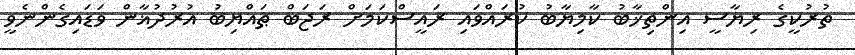
ތުރުކީގެ ރިޔާސީ އިންތިޚާބު ކާމިޔާބު ކުރައްވައި ރައީސްކަމަށް ރަޖަބް ޠައްޔިބު އުރުދުޣާން ވަޑައިގެންނެވީ